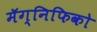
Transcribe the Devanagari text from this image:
मॅग्निफिको